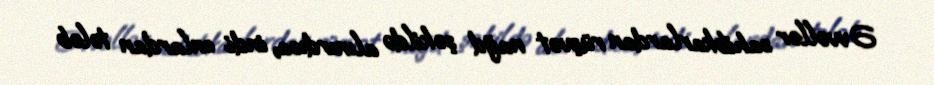
Əvvəllər sahibkarlardan rüşvət nağd şəkildə alınırdısa, indi onlardan tələb